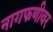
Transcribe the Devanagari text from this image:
नागफणीवर